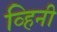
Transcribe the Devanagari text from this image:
व्हिनी